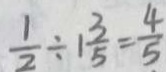
\frac { 1 } { 2 } \div 1 \frac { 3 } { 5 } = \frac { 4 } { 5 }